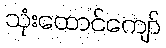
သုံးထောင်ကျော်